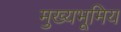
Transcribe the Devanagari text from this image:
मुख्यभूमिय